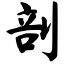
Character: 剖